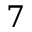
7